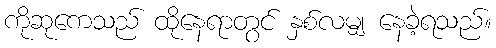
ကိုဆုကေသည် ထိုနေရာတွင် နှစ်လမျှ နေခဲ့ရသည်။